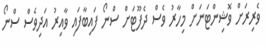
ވެރިރަށް ވޮޝިންޓަނަށް މިހާރު ވެސް ދެފޫޓަށް ސްނޯ ފައިބާފައި ވާއިރު އަދިވެސް ސްނޯ